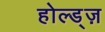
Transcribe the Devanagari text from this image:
होल्ड्ज़